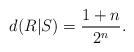
LaTeX: \begin{align*}d(R|S) = \frac{1+ n}{2^{n}}.\end{align*}